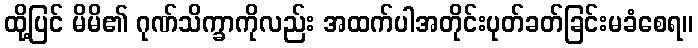
ထို့ပြင် မိမိ၏ ဂုဏ်သိက္ခာကိုလည်း အထက်ပါအတိုင်းပုတ်ခတ်ခြင်းမခံစေရ။